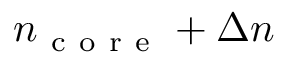
n _ { \mathrm { ~ c ~ o ~ r ~ e ~ } } + \Delta n